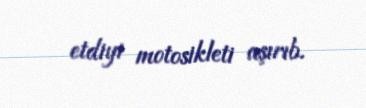
etdiyi motosikleti aşırıb.